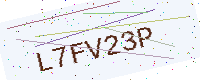
Text: L7FV23P